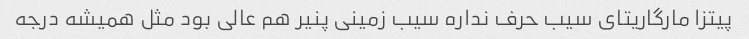
پیتزا مارگاریتای سیب حرف نداره سیب زمینی پنیر هم عالی بود مثل همیشه درجه